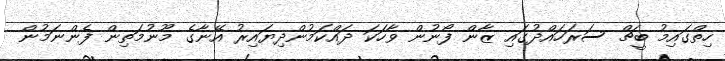
ހިތްގައިމު ބީޗް ސަރަހައްދުގައި ޒާން ފޯނުން ވާހަކަ ދައްކަމުންދިޔައިރު އޭނާގެ މޫނުމަތިން ފެންނަމުން